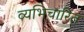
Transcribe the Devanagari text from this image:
व्यभिचारित